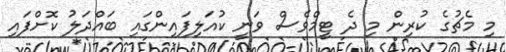
މި މެޗުގެ ކުރިން މި ދެ ޓީމްވެސް ވަނީ ކުއަލިފައިންގައި ބައްދަލު ކޮށްފައި